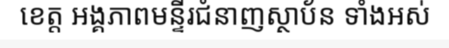
ខេត្ត អង្គភាពមន្ទីរជំនាញស្ថាប័ន ទាំងអស់